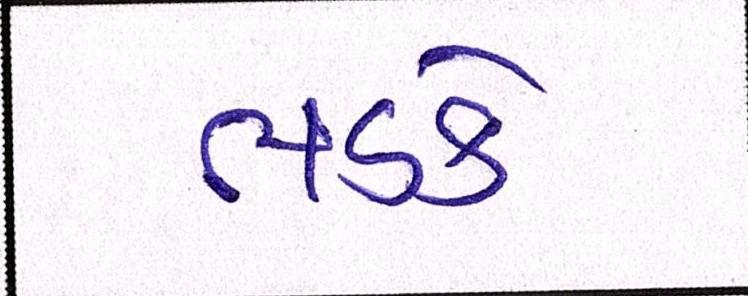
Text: ભડકે